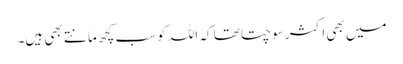
میں بھی اکثر سوچتا تھا کہ اللہ کو سب کچھ مانتے بھی ہیں۔